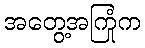
အတွေ့အကြုံက